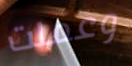
وعملت